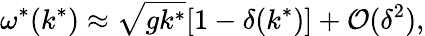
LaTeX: \omega^{*}(k^{*})\approx\sqrt{gk^{*}}[1-\delta(k^{*})]+\mathcal{O}(\delta^{2}),